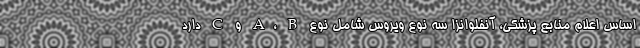
اساس اعلام منابع پزشکی، آنفلوانزا سه نوع ویروس شامل نوع A، B و C دارد